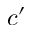
c ^ { \prime }